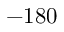
- 1 8 0